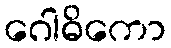
ဂေါဓိကော